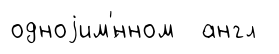
одноjим'́нном англ